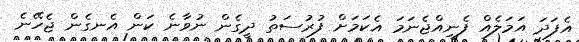
އެފަދަ އަމަލެއް ފެނިއްޖެނަމަ އެކަމަށް ފުރުސަތު ދީގެން ނުވާނެ ކަން އެނގެން ޖެހޭނެ